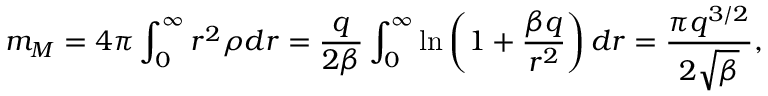
m _ { M } = 4 \pi \int _ { 0 } ^ { \infty } r ^ { 2 } \rho d r = \frac { q } { 2 \beta } \int _ { 0 } ^ { \infty } \ln \left( 1 + \frac { \beta q } { r ^ { 2 } } \right) d r = \frac { \pi q ^ { 3 / 2 } } { 2 \sqrt { \beta } } ,